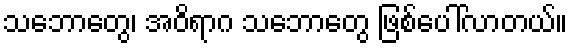
သဘောတွေ၊ အဝိရာဂ သဘောတွေ ဖြစ်ပေါ်လာတယ်။